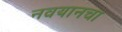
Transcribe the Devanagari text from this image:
नवयानचा